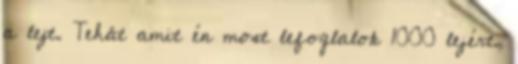
a lejt. Tehát amit én most lefoglalok 1000 lejért,